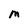
Character: M